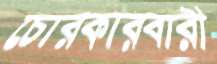
চোরকারবারী